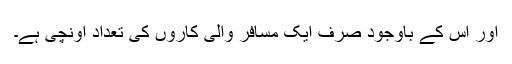
اور اس کے باوجود صرف ایک مسافر والی کاروں کی تعداد اونچی ہے۔